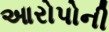
આરોપોની